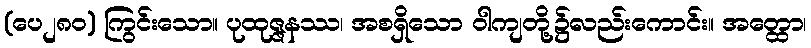
(ပေ၂၈၀) ကြွင်းသော။ ပုထုဇ္ဇနဿ၊ အစရှိသော ဝါကျတို့၌လည်းကောင်း။ အတ္ထော၊